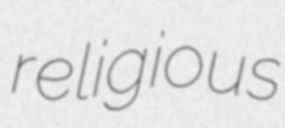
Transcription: religious